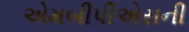
એમબીપીએસની